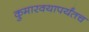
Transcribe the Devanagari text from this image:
कुमारवयापर्यंतच